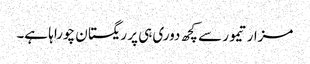
مزار تیمور سے کچھ دوری ہی پر ریگستان چوراہا ہے۔